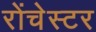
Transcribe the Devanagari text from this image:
रोंचेस्टर